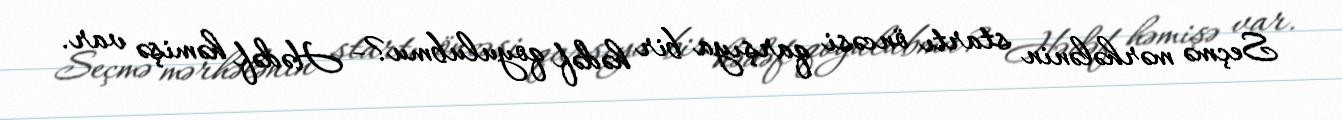
Seçmə mərhələnin startı öncəsi qarşıya bir hədəf qoyulubmu?- Hədəf həmişə var.